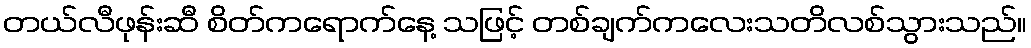
တယ်လီဖုန်းဆီ စိတ်ကရောက်နေ့ သဖြင့် တစ်ချက်ကလေးသတိလစ်သွားသည်။